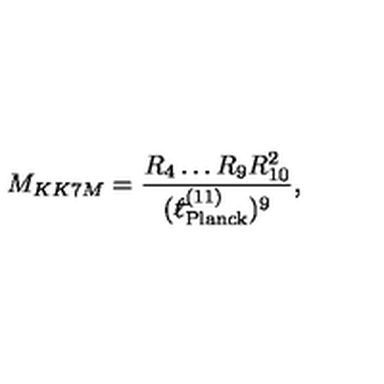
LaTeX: M _ { K K 7 M } = \frac { R _ { 4 } \ldots R _ { 9 } R _ { 1 0 } ^ { 2 } } { ( { } ^ { - } \! \! \! \! \ell _ { \mathrm { P l a n c k } } ^ { ( 1 1 ) } ) ^ { 9 } } ,